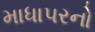
માધાપરનો